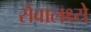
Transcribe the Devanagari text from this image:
सेवालक्ष्ये